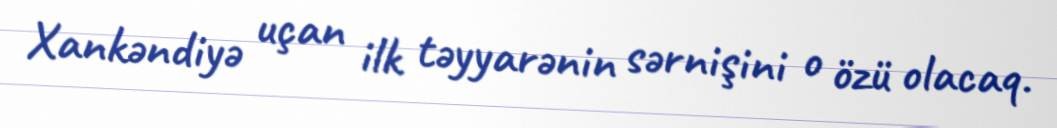
Xankəndiyə uçan ilk təyyarənin sərnişini o özü olacaq.